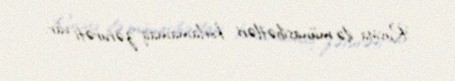
Rusiya ilə münasibətləri korlamamaq zərurəti var.